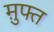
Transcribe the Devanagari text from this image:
म़ुफ्त